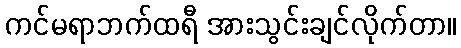
ကင်မရာဘက်ထရီ အားသွင်းချင်လိုက်တာ။